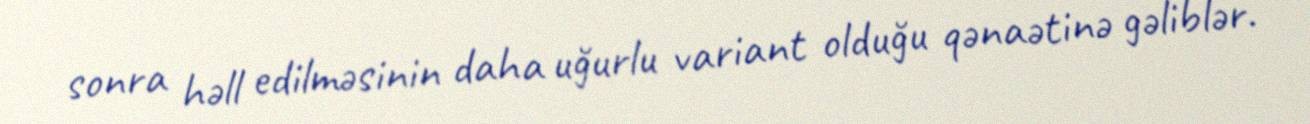
sonra həll edilməsinin daha uğurlu variant olduğu qənaətinə gəliblər.